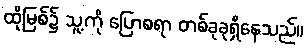
ထိုမြစ်၌ သူ့ကို ပြောစရာ တစ်ခုခုရှိနေသည်။